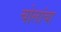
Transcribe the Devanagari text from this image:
चोलांचा